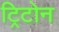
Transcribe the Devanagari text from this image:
ट्रिटोन